Civil Veterinary Dept. Assam report 1927-50 - 1927-1950
Year: 1927
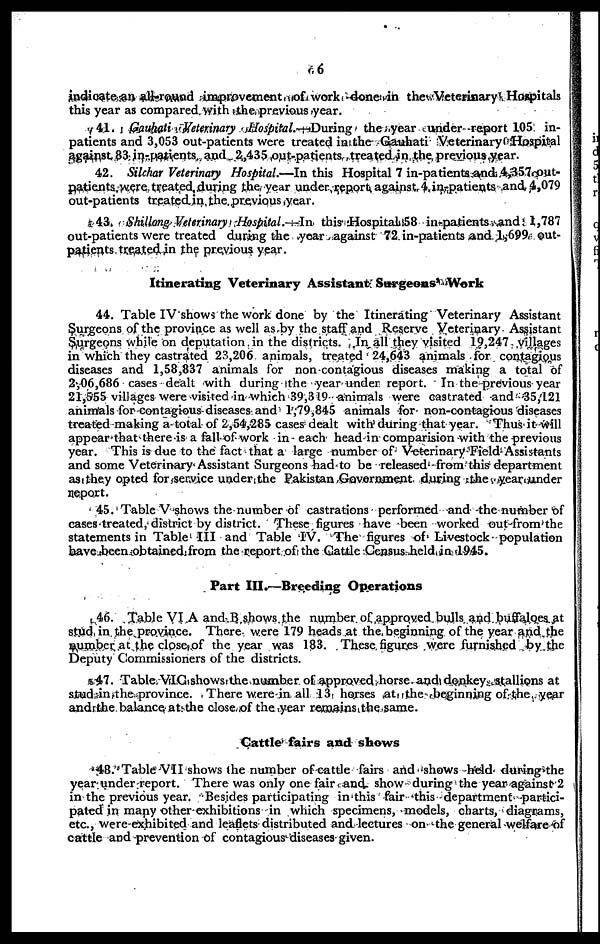
6
indicate an all round improvement of work done in the Veterinary Hospitals
this year as compared with the previous year.
41. Gouhati Veterinary Hospital.—During the year under report 105 in-
patients and 3,053 out-patients were treated in the Gauhati Veterinary Hospital
against 83 in-patients and 2,435 out-patients treated in the previous year.
42. Silchar Veterinary Hospital.—In this Hospital 7 in-patients and 4,357 out-
patients were treated during the year under report against 4 in-patients and 4,079
out-patients treated in the previous year.
43. Shillong Veterinary Hospital.—In this Hospital 58 in-patients and 1,787
out-patients were treated during the year against 72 in-patients and 1,699 out-
patients treated in the previous year.
Itinerating Veterinary Assistant Surgeons Work
44. Table IV shows the work done by the Itinerating Veterinary Assistant
Surgeons of the province as well as by the staff and Reserve Veterinary Assistant
Surgeons while on deputation in the districts. In all they visited 19,247 villages
in which they castrated 23,206 animals, treated 24,643 animals for contagious
diseases and 1,58,837 animals for non-contagious diseases making a total of
2,06,686 cases dealt with during the year under report. In the previous year
21,555 villages were visited in which 39,349 animals were castrated and 35,421
animals for contagious diseases and 1,79,845 animals for non-contagious diseases
treated making a total of 2,54,285 cases dealt with during that year. Thus it will
appear that there is a fall of work in each head in comparision with the previous
year. This is due to the fact that a large number of Veterinary Field Assistants
and some Veterinary Assistant Surgeons had to be released from this department
as they opted for service under the Pakistan Government during the year under
report.
45. Table V shows the number of castrations performed and the number of
cases treated, district by district. These figures have been worked out from the
statements in Table III and Table IV. The figures of Livestock population
have been obtained from the report of the Cattle Census held in 1945.
Part III.—Breeding Operations
46. Table VI A and B shows the number of approved bulls and buffaloes at
stud in the province. There were 179 heads at the beginning of the year and the
number at the close of the year was 183. These figures were furnished by the
Deputy Commissioners of the districts.
47. Table VIC shows the number of approved horse and donkey stallions at
stud in the province. There were in all 13 horses at the beginning of the year
and the balance at the close of the year remains the same.
Cattle fairs and shows
48. Table VII shows the number of cattle fairs and shows held during the
year under report. There was only one fair and show during the year against 2
in the previous year. Besides participating in this fair this department partici-
pated in many other exhibitions in which specimens, models, charts, diagrams,
etc., were exhibited and leaflets distributed and lectures on the general welfare of
cattle and prevention of contagious diseases given.